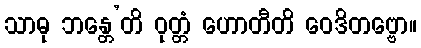
သာဓု ဘန္တေ’တိ ဝုတ္တံ ဟောတီတိ ဝေဒိတဗ္ဗော။